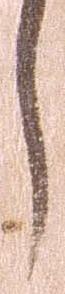
し